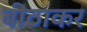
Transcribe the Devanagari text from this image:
बीठाकर